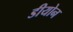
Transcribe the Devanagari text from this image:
डीयोन